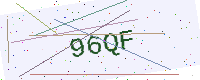
Text: 96QF